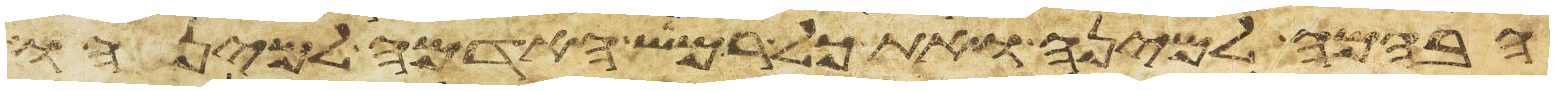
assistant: הבהמה למינה ואת כל רמש האדמה למינהו